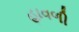
હાવળી